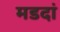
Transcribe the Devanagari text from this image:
मडदां